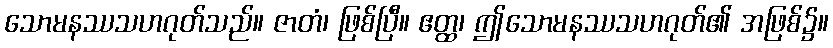
သောမနဿသဟဂုတ်သည်။ ဇာတံ၊ ဖြစ်ပြီ။ ဧတ္ထ၊ ဤသောမနဿသဟဂုတ်၏ အဖြစ်၌။